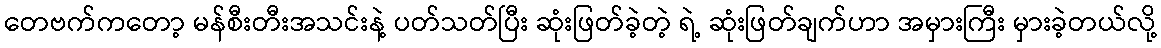
တေဗက်ကတော့ မန်စီးတီးအသင်းနဲ့ ပတ်သတ်ပြီး ဆုံးဖြတ်ခဲ့တဲ့ ရဲ့ ဆုံးဖြတ်ချက်ဟာ အမှားကြီး မှားခဲ့တယ်လို့